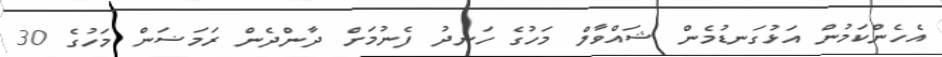
އެހެންކަމުން އަޅުގަނޑުމެން ޝައްވާލް މަހުގެ ހަނދު ފެނުމަށް ދާންދެން ރަމަޟަން މަހުގެ 30